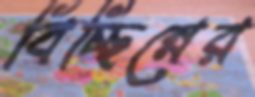
বিচ্ছিন্নের